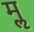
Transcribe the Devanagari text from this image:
मॢ